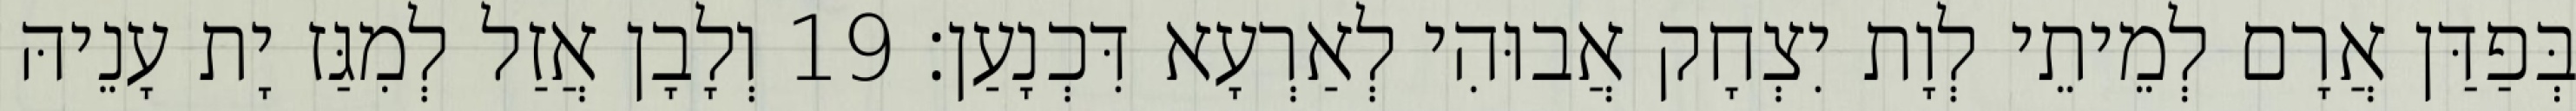
בְּפַדַּן אֲרָם לְמֵיתֵי לְוָת יִצְחָק אֲבוּהִי לְאַרְעָא דִּכְנָעַן׃ 19 וְלָבָן אֲזַל לְמִגַּז יָת עָנֵיהּ